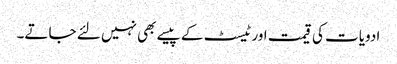
ادویات کی قیمت اور ٹیسٹ کے پیسے بھی نہیں لئے جاتے۔